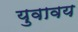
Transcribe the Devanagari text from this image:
युवावय